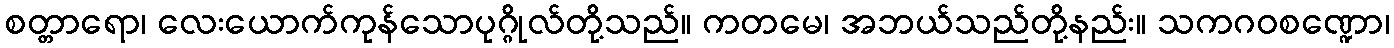
စတ္တာရော၊ လေးယောက်ကုန်သောပုဂ္ဂိုလ်တို့သည်။ ကတမေ၊ အဘယ်သည်တို့နည်း။ သကဂဝစဏ္ဍော၊